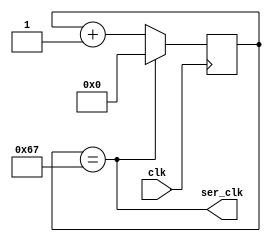
`default_nettype none

`define CLKFREQ   12000000    // frequency of incoming signal 'clk'
`define BAUD      115200

// Simple baud generator for transmitter
// ser_clk pulses at 115200 Hz

module baudgen(
  input wire clk,
  output wire ser_clk);

  localparam lim = (`CLKFREQ / `BAUD) - 1; 
  localparam w = $clog2(lim);
  wire [w-1:0] limit = lim;
  reg [w-1:0] counter;
  assign ser_clk = (counter == limit);

  always @(posedge clk)
    counter <= ser_clk ? 0 : (counter + 1);
endmodule

// For receiver, a similar baud generator.
//
// Need to restart the counter when the transmission starts
// Generate 2X the baud rate to allow sampling on bit boundary
// So ser_clk pulses at 2*115200 Hz

module baudgen2(
  input wire clk,
  input wire restart,
  output wire ser_clk);

  localparam lim = (`CLKFREQ / (2 * `BAUD)) - 1; 
  localparam w = $clog2(lim);
  wire [w-1:0] limit = lim;
  reg [w-1:0] counter;
  assign ser_clk = (counter == limit);

  always @(posedge clk)
    if (restart)
      counter <= 0;
    else
      counter <= ser_clk ? 0 : (counter + 1);

endmodule

/*

-----+     +-----+-----+-----+-----+-----+-----+-----+-----+-----+-----+----
     |     |     |     |     |     |     |     |     |     |     |     |
     |start|  1  |  2  |  3  |  4  |  5  |  6  |  7  |  8  |stop1|stop2|
     |     |     |     |     |     |     |     |     |     |     |  ?  |
     +-----+-----+-----+-----+-----+-----+-----+-----+-----+           +

*/

module uart(
   input wire clk,
   input wire resetq,

   output wire uart_busy,       // High means UART is transmitting
   output reg uart_tx,          // UART transmit wire

   input wire uart_wr_i,        // Raise to transmit byte
   input wire [7:0] uart_dat_i
);
  reg [3:0] bitcount;           // 0 means idle, so this is a 1-based counter
  reg [8:0] shifter;

  assign uart_busy = |bitcount;
  wire sending = |bitcount;

  wire ser_clk;

  baudgen _baudgen(
    .clk(clk),
    .ser_clk(ser_clk));

  always @(negedge resetq or posedge clk)
  begin
    if (!resetq) begin
      uart_tx <= 1;
      bitcount <= 0;
      shifter <= 0;
    end else begin
      if (uart_wr_i) begin
        { shifter, uart_tx } <= { uart_dat_i[7:0], 1'b0, 1'b1 };
        bitcount <= 1 + 8 + 1;    // 1 start, 8 data, 1 stop
      end else if (ser_clk & sending) begin
        { shifter, uart_tx } <= { 1'b1, shifter };
        bitcount <= bitcount - 4'd1;
      end
    end
  end

endmodule

module rxuart(
   input wire clk,
   input wire resetq,
   input wire uart_rx,      // UART recv wire
   input wire rd,           // read strobe
   output wire valid,       // has data 
   output wire [7:0] data); // data
  reg [4:0] bitcount;
  reg [7:0] shifter;

  // bitcount == 11111: idle
  //             0-17:  sampling incoming bits
  //             18:    character received

  // On starting edge, wait 3 half-bits then sample, and sample every 2 bits thereafter

  wire idle = &bitcount;
  assign valid = (bitcount == 18);

  wire sample;
  reg [2:0] hh = 3'b111;
  wire [2:0] hhN = {hh[1:0], uart_rx};
  wire startbit = idle & (hhN[2:1] == 2'b10);
  wire [7:0] shifterN = sample ? {hh[1], shifter[7:1]} : shifter;

  wire ser_clk;

  baudgen2 _baudgen(
    .clk(clk),
    .restart(startbit),
    .ser_clk(ser_clk));

  reg [4:0] bitcountN;
  always @*
    if (startbit)
      bitcountN = 0;
    else if (!idle & !valid & ser_clk)
      bitcountN = bitcount + 5'd1;
    else if (valid & rd)
      bitcountN = 5'b11111;
    else
      bitcountN = bitcount;

  // 3,5,7,9,11,13,15,17
  assign sample = (|bitcount[4:1]) & bitcount[0] & ser_clk;
  assign data = shifter;

  always @(negedge resetq or posedge clk)
  begin
    if (!resetq) begin
      hh <= 3'b111;
      bitcount <= 5'b11111;
      shifter <= 0;
    end else begin
      hh <= hhN;
      bitcount <= bitcountN;
      shifter <= shifterN;
    end
  end
endmodule

module buart(
   input wire clk,
   input wire resetq,
   input wire rx,           // recv wire
   output wire tx,          // xmit wire
   input wire rd,           // read strobe
   input wire wr,           // write strobe
   output wire valid,       // has recv data 
   output wire busy,        // is transmitting
   input wire [7:0] tx_data,
   output wire [7:0] rx_data // data
);
  rxuart _rx (
     .clk(clk),
     .resetq(resetq),
     .uart_rx(rx),
     .rd(rd),
     .valid(valid),
     .data(rx_data));
  uart _tx (
     .clk(clk),
     .resetq(resetq),
     .uart_busy(busy),
     .uart_tx(tx),
     .uart_wr_i(wr),
     .uart_dat_i(tx_data));
endmodule